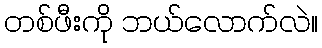
တစ်ဖီးကို ဘယ်လောက်လဲ။